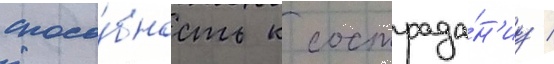
спосо́бность к сострада́н'иу /